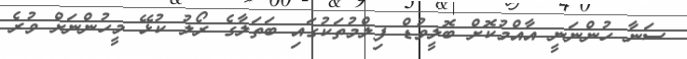
ސަނާ ހުންނަނީ އާއްމުކޮށް ބޮލީވުޑް ފިލްމުތަކުގައި ބަތަލާގެ ރޯލު ކުޅޭ މީހުންނަށް ވުރެ